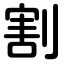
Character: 割